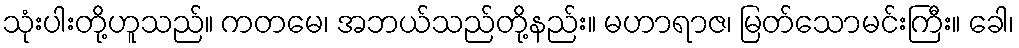
သုံးပါးတို့ဟူသည်။ ကတမေ၊ အဘယ်သည်တို့နည်း။ မဟာရာဇ၊ မြတ်သောမင်းကြီး။ ခေါ၊